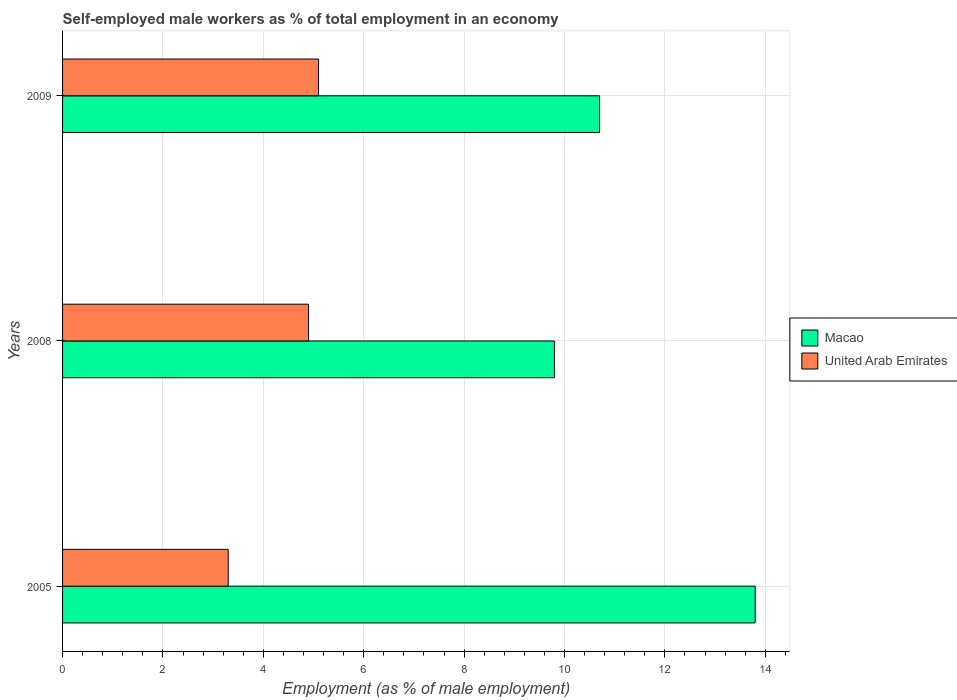
| Years | Macao | United Arab Emirates |
 | --- | --- | --- |
 | 2005 | 13.8 | 3.3 |
 | 2008 | 9.8 | 4.9 |
 | 2009 | 10.7 | 5.1 |